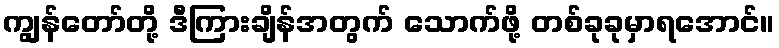
ကျွန်တော်တို့ ဒီကြားချိန်အတွက် သောက်ဖို့ တစ်ခုခုမှာရအောင်။